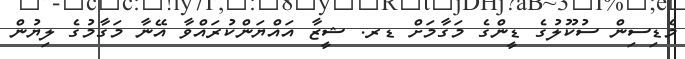
މެޑިސިން ސުކޫލުގެ ޑީންގެ މަގާމަށް ޑރ. ޝީޒާ އައްޔަންކުރައްވާ އޭނާ މަގާމުގެ ލިޔުން